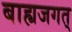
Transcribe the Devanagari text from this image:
बाह्यजगत्‌